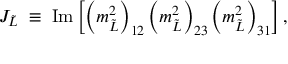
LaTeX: J _ { \tilde { L } } \; \equiv \; \mathrm { I m } \left[ \left( m _ { \tilde { L } } ^ { 2 } \right) _ { 1 2 } \left( m _ { \tilde { L } } ^ { 2 } \right) _ { 2 3 } \left( m _ { \tilde { L } } ^ { 2 } \right) _ { 3 1 } \right] ,